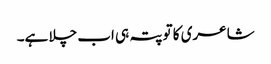
شاعری کا تو پتہ ہی اب چلا ہے۔